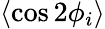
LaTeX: \langle\cos 2\phi_{i}\rangle